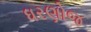
ધરણોજ